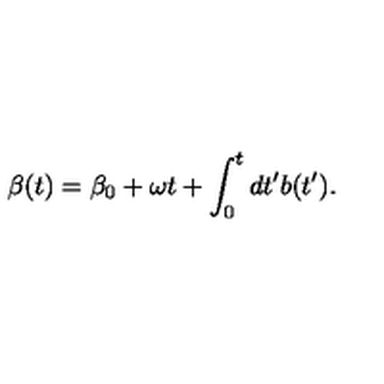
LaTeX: \beta ( t ) = \beta _ { 0 } + \omega t + \int _ { 0 } ^ { t } d t ^ { \prime } b ( t ^ { \prime } ) .